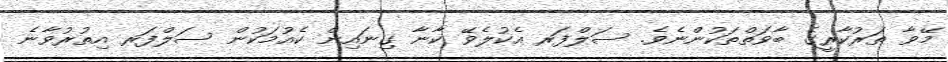
މޭވާ ތަރުކާރީގެ ބާވަތްތަކުންނެވެ. ސަލްފަރ އެކުލެވޭ ކާނާ ގިނައިން ކެއުމަކުން ސަލްފަރ އިތުރުވާނެ